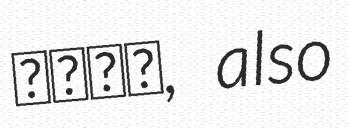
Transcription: بيگي, also